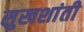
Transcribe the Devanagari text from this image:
सुखशांती